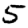
Digit: 5